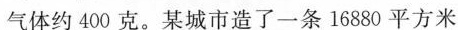
气体约400克。某城市造了一条16880平方米